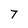
Character: 7